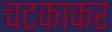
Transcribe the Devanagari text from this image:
चटकाकर